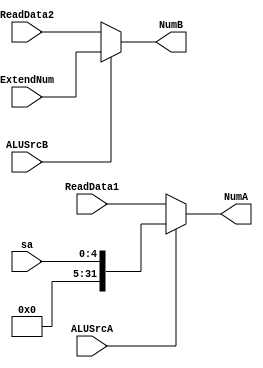
module DataSelectForALU(ReadData1,sa,ReadData2,ExtendNum,ALUSrcA,ALUSrcB,NumA,NumB);
    input [31:0] ReadData1;
    input [4:0] sa;
    input [31:0] ReadData2;
    input [31:0] ExtendNum;
    input ALUSrcA;
    input ALUSrcB;
    output [31:0]NumA;
    output [31:0]NumB;
    
    //wire [31:0] Extendsa;
    //assign Extendsa = {{27{0}},sa[4:0]};
    assign NumA = (ALUSrcA==0)?ReadData1:({{27{0}},sa[4:0]});
    assign NumB = (ALUSrcB==0)?ReadData2:ExtendNum;
endmodule